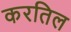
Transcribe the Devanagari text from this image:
करतिल